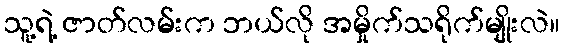
သူ့ရဲ့ ဇာတ်လမ်းက ဘယ်လို အမှိုက်သရိုက်မျိုးလဲ။